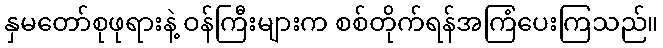
နှမတော်စုဖုရားနဲ့ ဝန်ကြီးများက စစ်တိုက်ရန်အကြံပေးကြသည်။